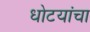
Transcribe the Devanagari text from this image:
धोटयांचा